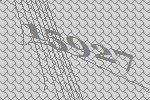
15927